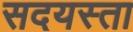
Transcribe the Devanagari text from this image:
सदयस्ता